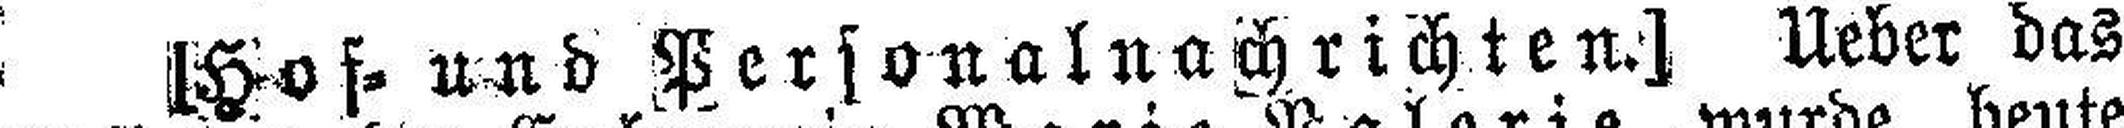
[Hof= und Personal nach richten.] Ueber das